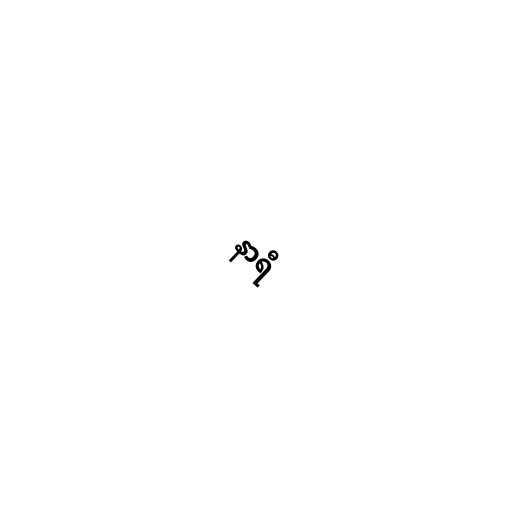
နာရီ